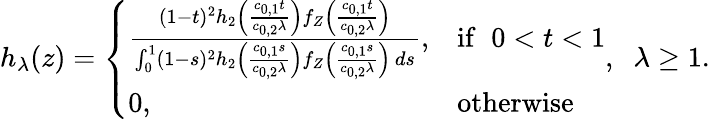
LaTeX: h_{\lambda}(z)=\left\{ \begin{array}{ll}{\frac{(1-t)^{2}h_{2}\left(\frac{c_{0,1}t}{c_{0,2}\lambda}\right)f_{Z}\left(\frac{c_{0,1}t}{c_{0,2}\lambda}\right)}{\int_{0}^{1}(1-s)^{2}h_{2}\left(\frac{c_{0,1}s}{c_{0,2}\lambda}\right)f_{Z}\left(\frac{c_{0,1}s}{c_{0,2}\lambda}\right)\, ds},}&{\mathrm{if}\; \; 0<t<1}\\ {0,}&{\mathrm{otherwise}}\end{array}\right.,\; \; \lambda\geq 1.